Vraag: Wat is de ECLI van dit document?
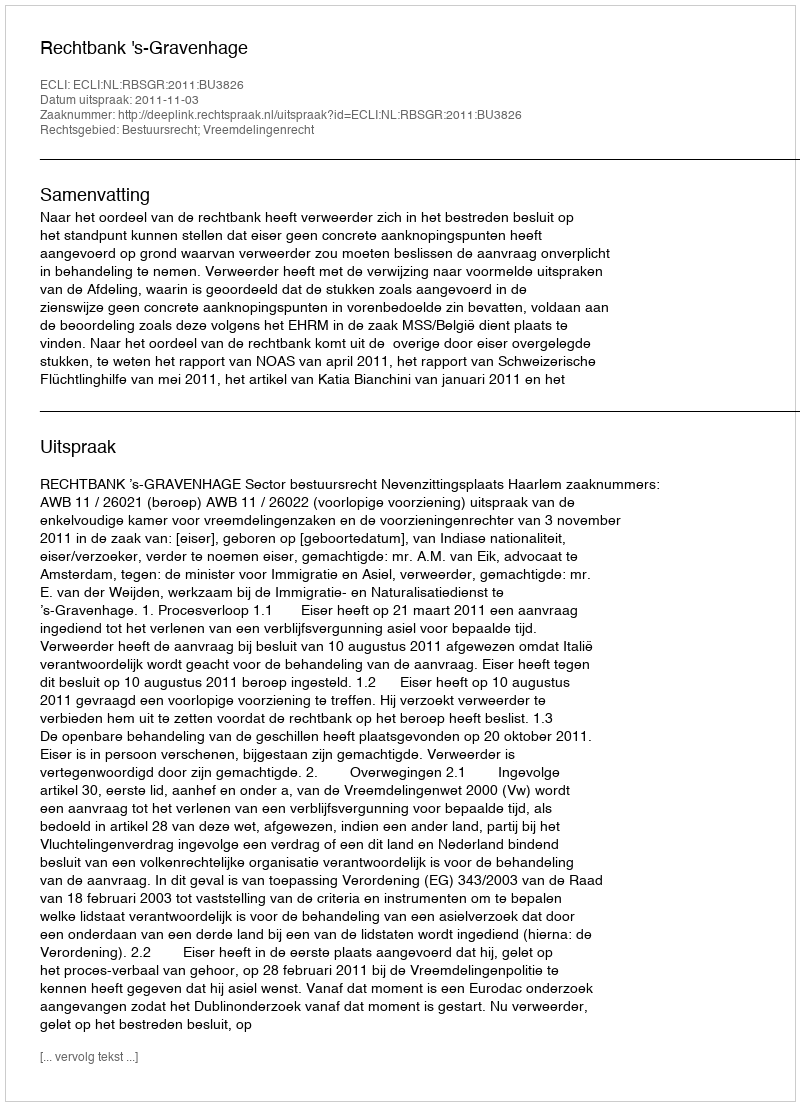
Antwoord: ECLI:NL:RBSGR:2011:BU3826